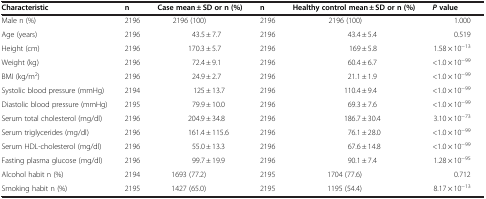
<table><thead><tr><td><b>Characteristic</b></td><td><b>n</b></td><td><b>Case mean ± SD or n (%)</b></td><td><b>n</b></td><td><b>Healthy control mean ± SD or n (%)</b></td><td><b><i>P </i>value</b></td></tr></thead><tbody><tr><td>Male n (%)</td><td>2196</td><td>2196 (100)</td><td>2196</td><td>2196 (100)</td><td>1.000</td></tr><tr><td>Age (years)</td><td>2196</td><td>43.5 ± 7.7</td><td>2196</td><td>43.4 ± 5.4</td><td>0.519</td></tr><tr><td>Height (cm)</td><td>2196</td><td>170.3 ± 5.7</td><td>2196</td><td>169 ± 5.8</td><td>1.58 × 10<sup>−13</sup></td></tr><tr><td>Weight (kg)</td><td>2196</td><td>72.4 ± 9.1</td><td>2196</td><td>60.4 ± 6.7</td><td>&lt;1.0 × 10<sup>−99</sup></td></tr><tr><td>BMI (kg/m<sup>2</sup>)</td><td>2196</td><td>24.9 ± 2.7</td><td>2196</td><td>21.1 ± 1.9</td><td>&lt;1.0 × 10<sup>−99</sup></td></tr><tr><td>Systolic blood pressure (mmHg)</td><td>2194</td><td>125 ± 13.7</td><td>2196</td><td>110.4 ± 9.4</td><td>&lt;1.0 × 10<sup>−99</sup></td></tr><tr><td>Diastolic blood pressure (mmHg)</td><td>2195</td><td>79.9 ± 10.0</td><td>2196</td><td>69.3 ± 7.6</td><td>&lt;1.0 × 10<sup>−99</sup></td></tr><tr><td>Serum total cholesterol (mg/dl)</td><td>2196</td><td>204.9 ± 34.8</td><td>2196</td><td>186.7 ± 30.4</td><td>3.10 × 10<sup>−73</sup></td></tr><tr><td>Serum triglycerides (mg/dl)</td><td>2196</td><td>161.4 ± 115.6</td><td>2196</td><td>76.1 ± 28.0</td><td>&lt;1.0 × 10<sup>−99</sup></td></tr><tr><td>Serum HDL-cholesterol (mg/dl)</td><td>2196</td><td>55.0 ± 13.3</td><td>2196</td><td>67.6 ± 14.8</td><td>&lt;1.0 × 10<sup>−99</sup></td></tr><tr><td>Fasting plasma glucose (mg/dl)</td><td>2196</td><td>99.7 ± 19.9</td><td>2196</td><td>90.1 ± 7.4</td><td>1.28 × 10<sup>−95</sup></td></tr><tr><td>Alcohol habit n (%)</td><td>2194</td><td>1693 (77.2)</td><td>2195</td><td>1704 (77.6)</td><td>0.712</td></tr><tr><td>Smoking habit n (%)</td><td>2195</td><td>1427 (65.0)</td><td>2195</td><td>1195 (54.4)</td><td>8.17 × 10<sup>−13</sup></td></tr></tbody></table>